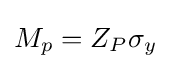
M_{p}=Z_{P}\sigma _{y}